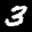
Label: 3